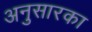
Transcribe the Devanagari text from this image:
अनुसारका